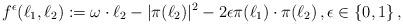
LaTeX: \begin{align*}f^\epsilon(\ell_1, \ell_2):= \omega \cdot \ell_2 - |\pi(\ell_2)|^2 - 2\epsilon \pi(\ell_1)\cdot \pi(\ell_2)\,, \epsilon \in \{0, 1\}\,,\end{align*}